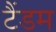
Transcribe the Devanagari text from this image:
टैंडम